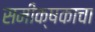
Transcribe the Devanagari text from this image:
समीक्षकाचा